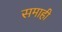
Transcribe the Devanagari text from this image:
समाही